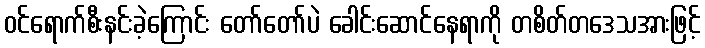
ဝင်ရောက်စီးနင်းခဲ့ကြောင်း တော်တော်ပဲ ခေါင်းဆောင်နေရာကို တစိတ်တဒေသအားဖြင့်